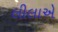
લીલાએ